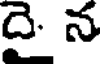
దై న